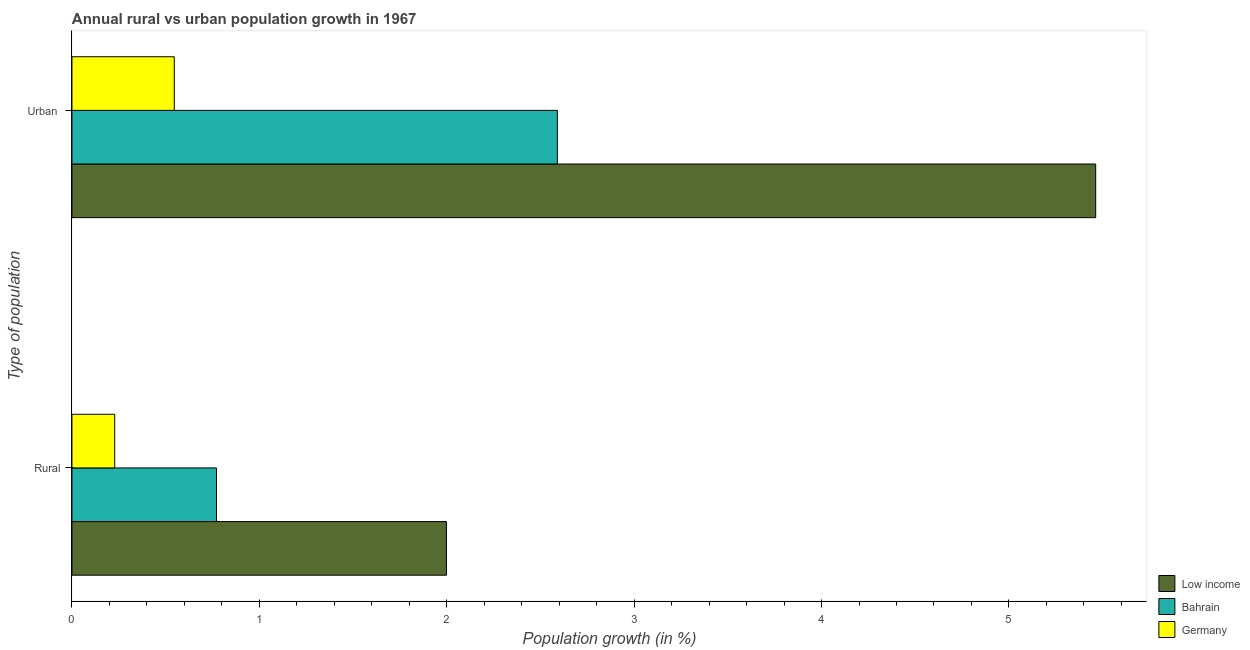
| Type of population | Low income | Bahrain | Germany |
 | --- | --- | --- | --- |
 | Rural | 2 | 0.771 | 0.228 |
 | Urban  | 5.46 | 2.59 | 0.546 |